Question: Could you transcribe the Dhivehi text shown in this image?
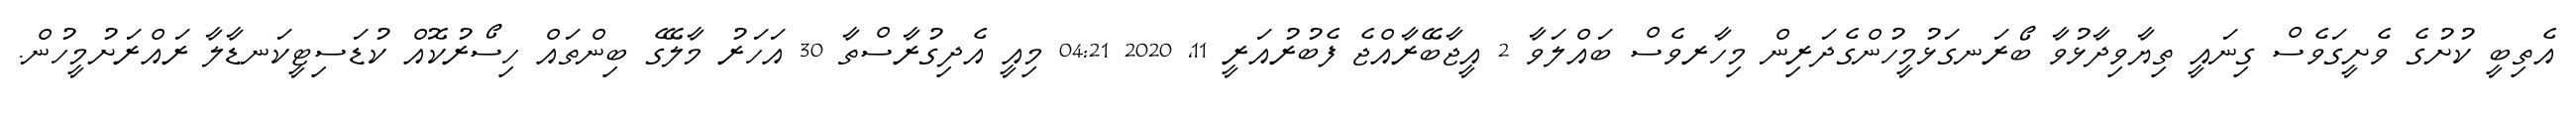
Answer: އެތިބީ ކުށުގެ ވެށީގަވެސް ގިނައީ ތިޔާވިދާޅުވާ ބޯރަނގަޅުމީހުންގެދަރިން މިހާރވެސް ބައްލަވާ 2 އީޖާބޭރާއްޖެ ފެބުރުއަރީ 11, 2020 04:21 މިއީ އެދިގުރާސްތާ 30 އަހަރު މާލޭގެ ބިންތައް ހިސޯރުކޮއް ކުޑަސިޓީކަނޑާލާ ރައްރަށުމީހުން.